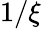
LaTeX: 1/\xi